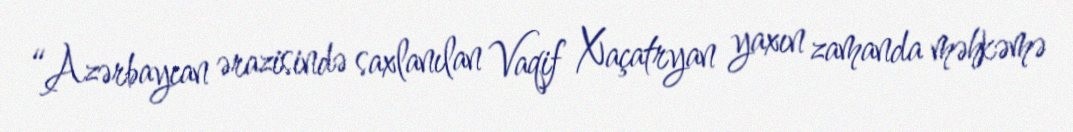
“Azərbaycan ərazisində saxlanılan Vaqif Xaçatryan yaxın zamanda məhkəmə